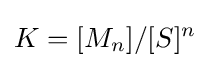
K=[M_{n}]/[S]^{n}